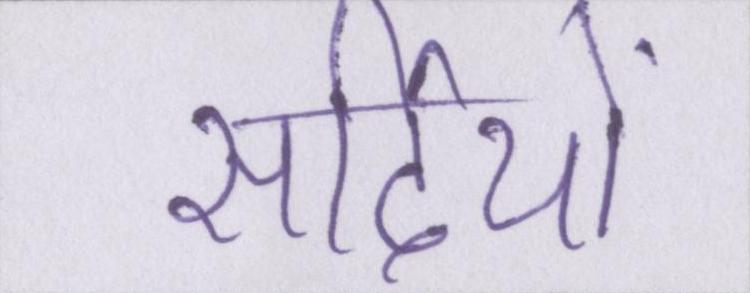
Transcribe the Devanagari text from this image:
सर्दियों